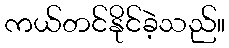
ကယ်တင်နိုင်ခဲ့သည်။